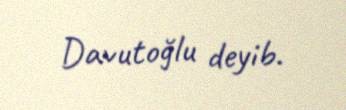
Davutoğlu deyib.